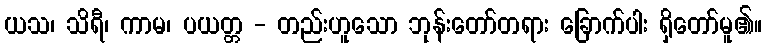
ယသ၊ သိရီ၊ ကာမ၊ ပယတ္တ - တည်းဟူသော ဘုန်းတော်တရား ခြောက်ပါး ရှိတော်မူ၏။